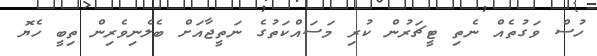
ހުސް ވަގުތެއް ނެތި ޓީޗަރުން ކުރި މަސައްކަތުގެ ނަތީޖާއަށް ބެލެނިވެރިން ތިބީ ހެޔޮ